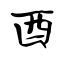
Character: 酉